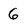
Character: 6